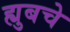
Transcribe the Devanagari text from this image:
ह्युबचे